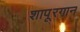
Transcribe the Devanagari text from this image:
शापूरगान